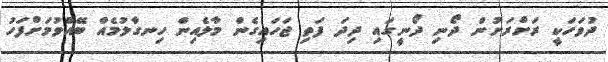
ދުވަހަކީ ރަށްރަށުން ދޯނި ދޯނީގައި ދިދަ ފަތި ޖަހައިގެން މާލެއިން ހިނގާލުމެއް ބޭއްވުމަށްފަހު